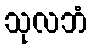
သုလဘံ